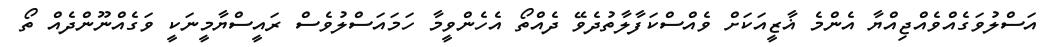
އަސްލުވަގެއްވެއްޖިއްޔާ އެންމެ ޣާޒީއަކަށް ވެއްސްކަފާލާތުދެވޭ ދެއްތޯ އެހެންވީމާ ހަމައަސްލުވެސް ރައީސްޔާމީނަކީ ވަގެއްނޫންދެއް ތޯ